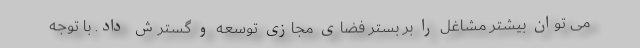
می توان بیشتر مشاغل را بر بستر فضای مجازی توسعه و گسترش داد. با توجه